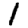
Digit: 1